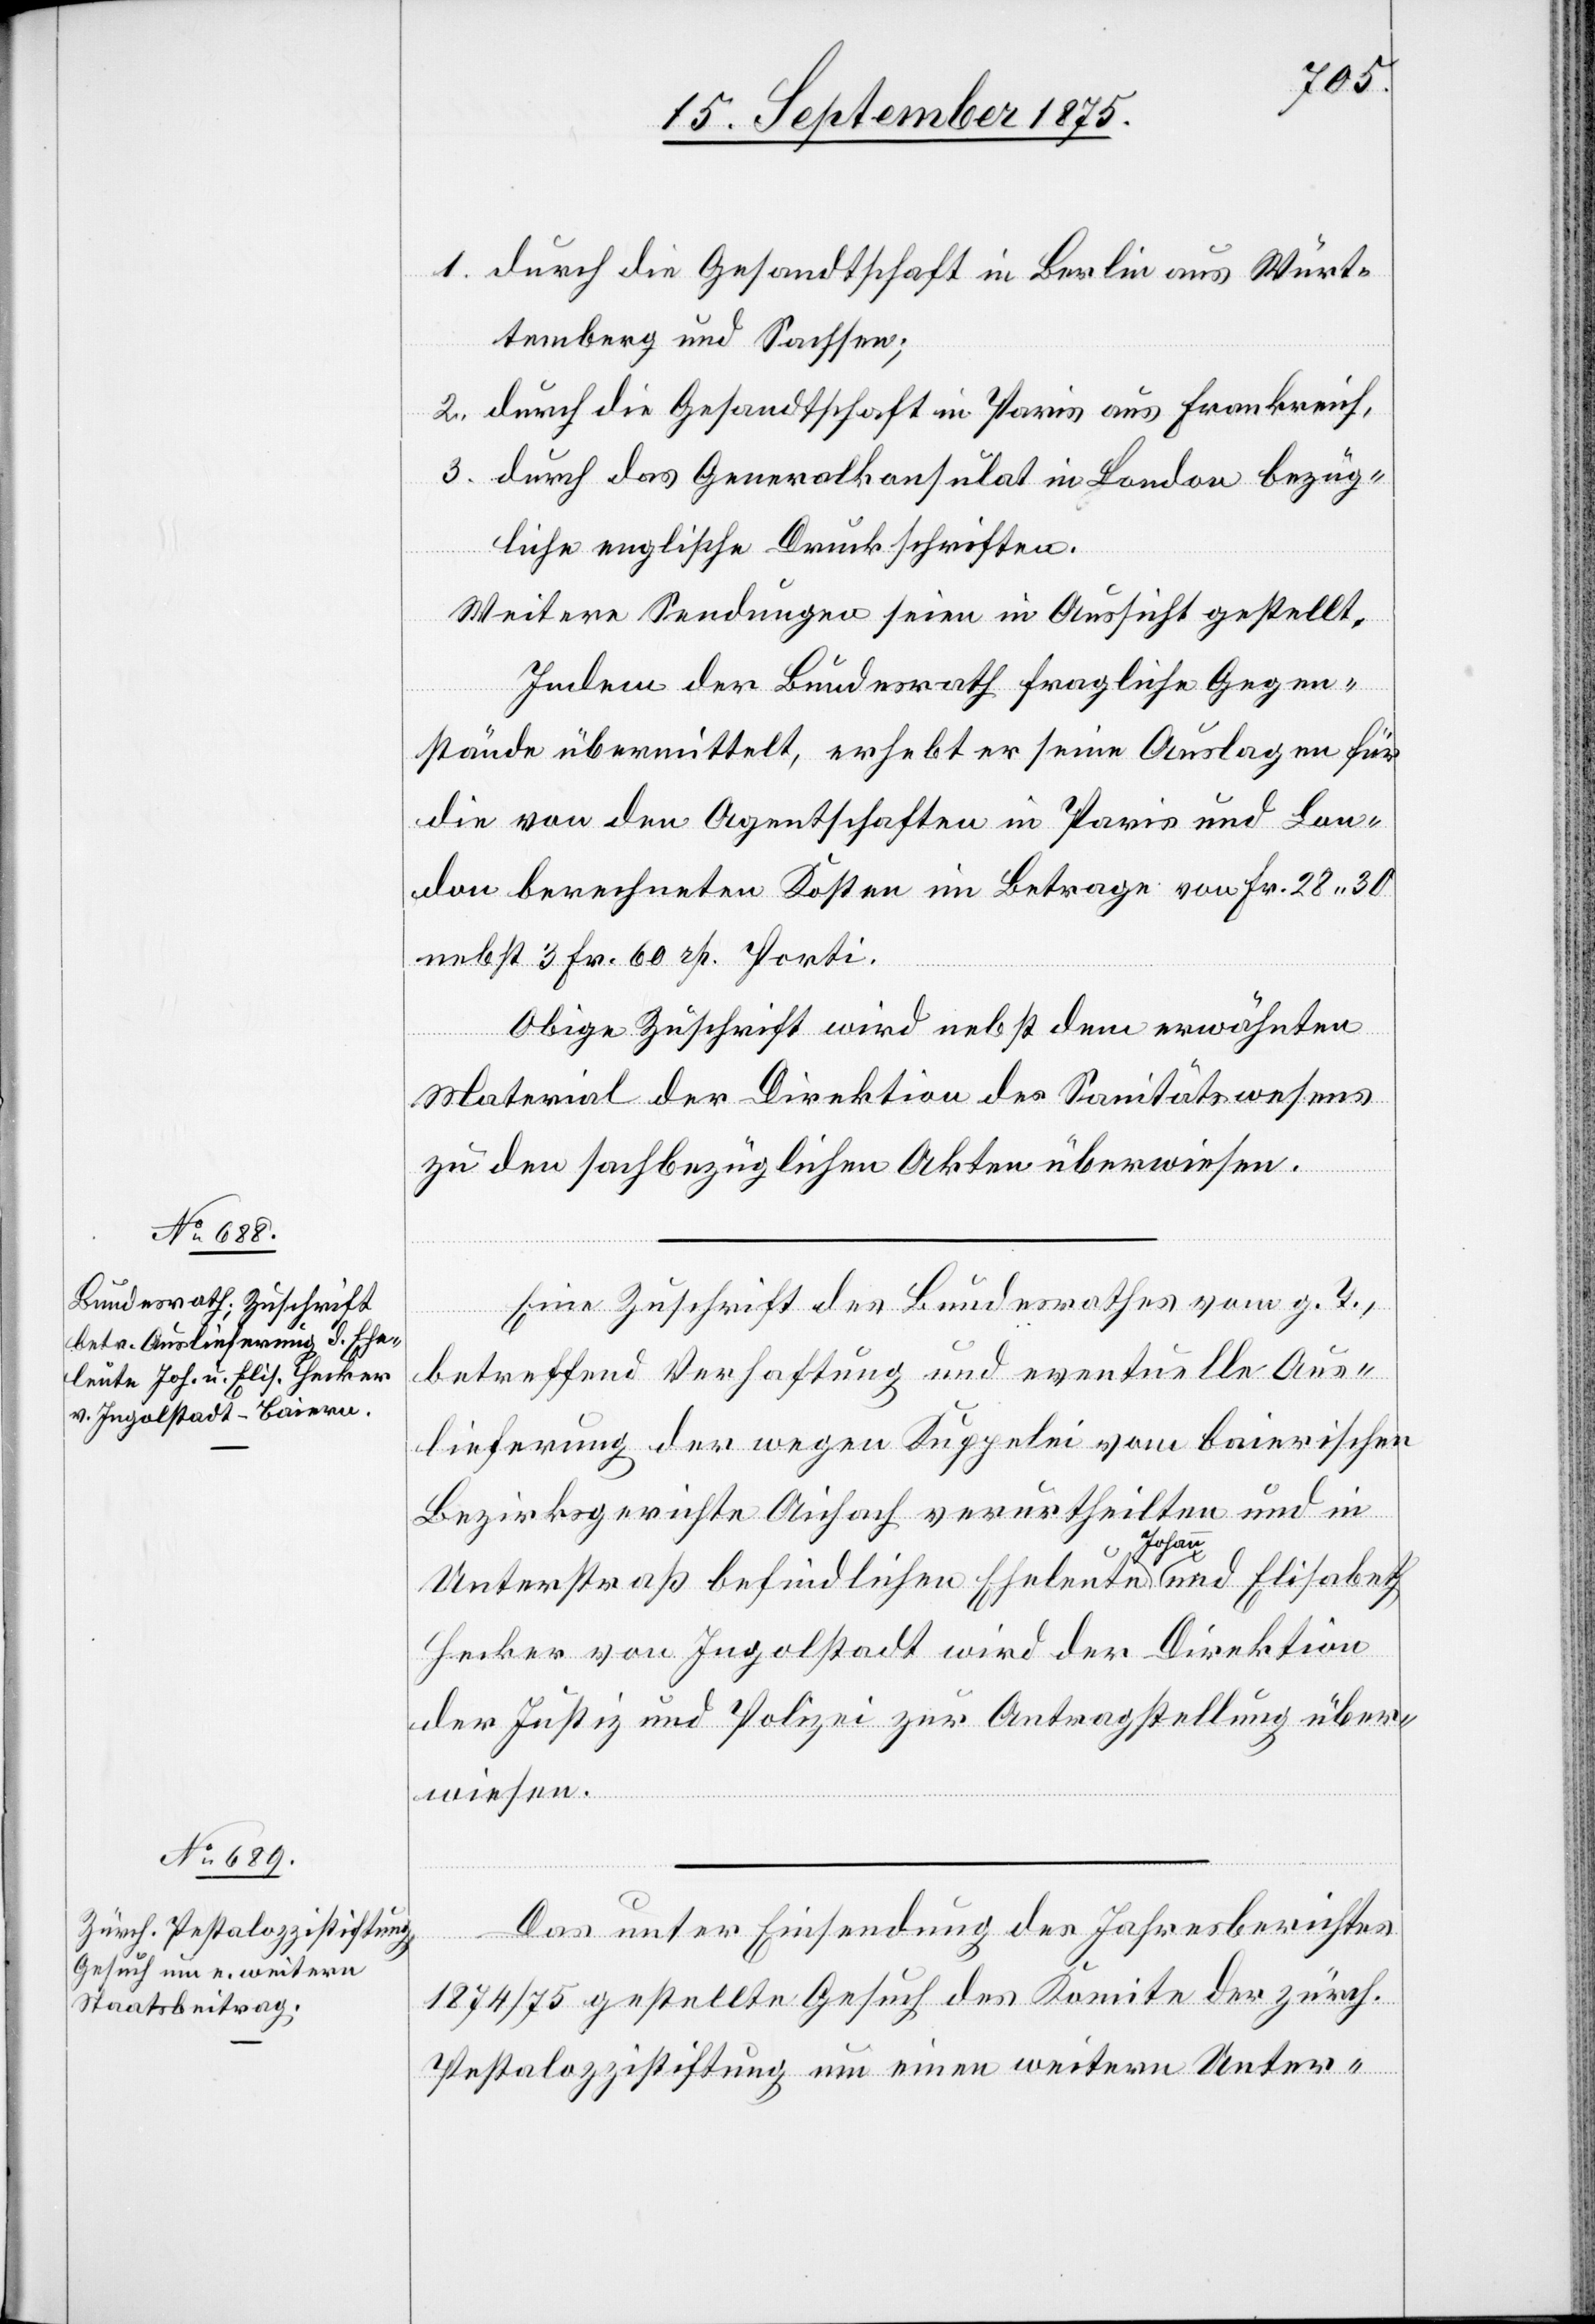
16. September 1875.]
1. durch die Gesandtschaft in Berlin aus Würt¬
temberg und Sachsen;
2. durch die Gesandtschaft in Paris aus Frankreich,
3. durch das Generalkonsulat in London bezüg¬
liche englische Druckschriften.
Weitere Sendungen seien in Aussicht gestellt.
Indem der Bundesrath fragliche Gegen¬
stände übermittelt, erhebt er seine Auslagen für
die von den Agentschaften in Paris und Lon¬
don berechneten Kosten im Betrage von Fr. 28 30
nebst 3 Fr. 60 rp. [sic!] Porti.
Obige Zuschrift wird nebst dem erwähnten
Material der Direktion des Sanitätswesens
zu den sachbezüglichen Akten überwiesen.
Eine Zuschrift des Bundesrathes vom g. T.,
betreffend Verhaftung und eventuelle Aus¬
lieferung der wegen Kuppelei vom baierischen
Bezirksgerichte Aichach verurtheilten und in
Unterstraß befindlichen Eheleute Johann und Elisabeth
Hecker von Ingolstadt wird der Direktion
der Justiz und Polizei zur Antragstellung über¬
wiesen.
Das unter Einsendung des Jahresberichtes
1874/75 gestellte Gesuch des Komite der zürch.
Pestalozzistiftung um einen weitern Unter-